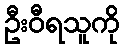
ဦးဝီရသူကို